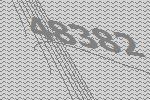
48382